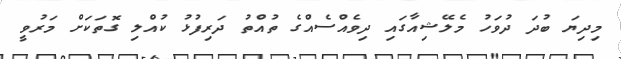
މިދިޔަ ބުދަ ދުވަހު މެލޭޝިއާގައި ދިވެއްސެއްގެ ތުއްތު ދަރިފުޅު ކުއްލި ގޮތަކަށް މަރުވީ